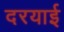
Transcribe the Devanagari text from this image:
दरयाई